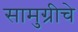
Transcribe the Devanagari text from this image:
सामुग्रीचे